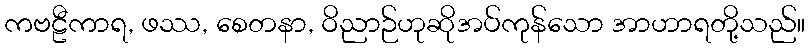
ကဗဠီကာရ, ဖဿ, စေတနာ, ဝိညာဉ်ဟုဆိုအပ်ကုန်သော အာဟာရတို့သည်။